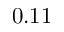
0 . 1 1